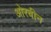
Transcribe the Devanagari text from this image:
ओरचीन